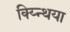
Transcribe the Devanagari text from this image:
क्य्न्थिया